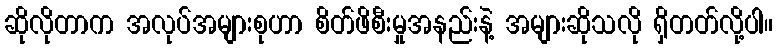
ဆိုလိုတာက အလုပ်အများစုဟာ စိတ်ဖိစီးမှုအနည်းနဲ့ အများဆိုသလို ရှိတတ်လို့ပါ။